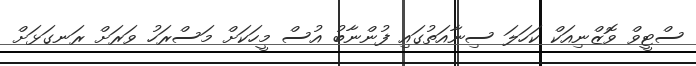
ސްޓީވް ވޮޒްނިއަކް ކަހަލަ ސިނާއަތުގައި ފުންނާބު އުސް މީހަކަށް މަސްރަހު ވަރަށް ރަނގަޅަށް